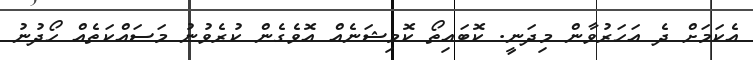
އެކަމަށް ދެ އަހަރުވާން މިދަނީ. ކޮބައިތޯ ކޮމިޝަނެއް އޮވެގެން ކުރެވުނު މަސައްކަތެއް ހޯދުނު